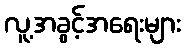
လူ့အခွင့်အရေးများ